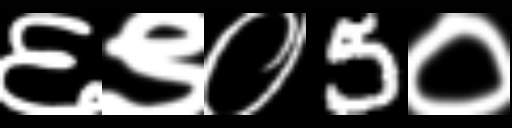
Text: ६९०5०